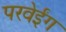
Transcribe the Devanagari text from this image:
परवेईंग